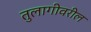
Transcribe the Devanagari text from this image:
तुलागीवरील